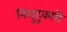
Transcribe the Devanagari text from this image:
निघुटुकारों